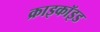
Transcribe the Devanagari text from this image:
क्राइकॉइड